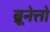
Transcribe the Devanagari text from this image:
ब्रूनेत्तो